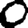
Digit: 0